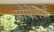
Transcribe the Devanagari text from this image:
प्रोपेलरों